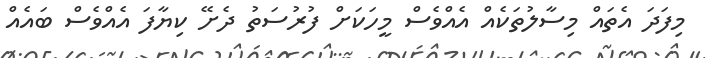
މިފަދަ އެތައް މިސާލުތަކެއް އެއްވެސް މީހަކަށް ފުރުސަތު ދެށޭ ކިޔާފަ އެއްވެސް ބައެއް